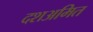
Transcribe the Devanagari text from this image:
दशअमित